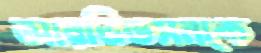
আরভিডসনকে